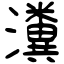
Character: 瀵